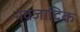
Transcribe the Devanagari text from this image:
नवजादिक